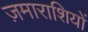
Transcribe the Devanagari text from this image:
ज़माराशियों